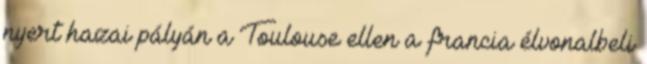
nyert hazai pályán a Toulouse ellen a francia élvonalbeli